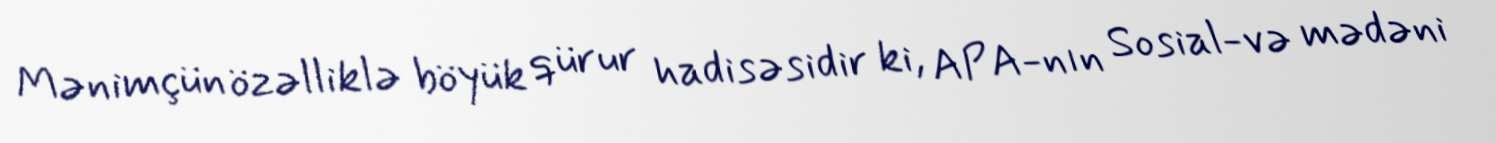
Mənimçün özəlliklə böyük qürur hadisəsidir ki, APA-nın Sosial-və mədəni